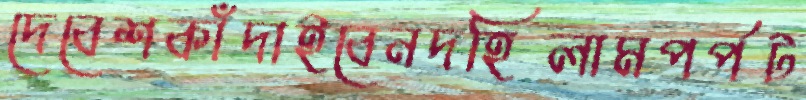
দেবেশকাঁদাইবেনদহিলামপর্পট